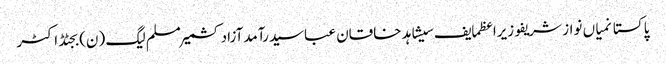
پاکستانمیاں نواز شریفوزیراعظمایف سیشاہد خاقان عباسیدرآمدآزاد کشمیرمسلم لیگ (ن)بجٹڈاکٹر